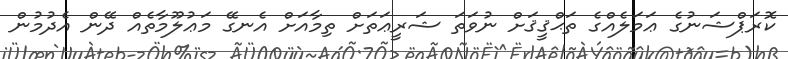
ކޮރަޕްޝަނުގެ ޢަމަލެއްގެ ތަޙްޤީޤަށް ނުވަތަ ޝަރީޢަތަށް ތިމާއަށް އެނގޭ މަޢުލޫމާތެއް ދޭން އެދުމުން